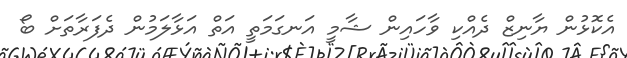
އެކޮޅުން ޔާނިޒް ދެއްކި ވާހައިން ޝާމީ އަނގަމަތީ އަތް އަޅާލަމުން ދެފަރާތަށް ބޯ